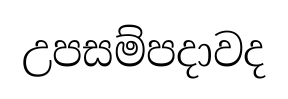
උපසම්පදාවද